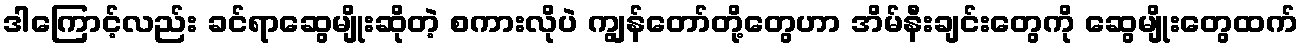
ဒါကြောင့်လည်း ခင်ရာဆွေမျိုးဆိုတဲ့ စကားလိုပဲ ကျွန်တော်တို့တွေဟာ အိမ်နီးချင်းတွေကို ဆွေမျိုးတွေထက်